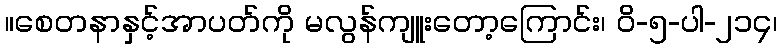
။စေတနာနှင့်အာပတ်ကို မလွန်ကျူးတော့ကြောင်း၊ ဝိ-၅-ပါ-၂၁၄၊